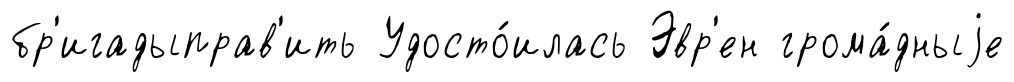
бр'игадыправ'ить Удосто́илась Эвр'ен грома́дныjе